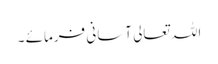
اللہ تعالی آسانی فرمائے ۔